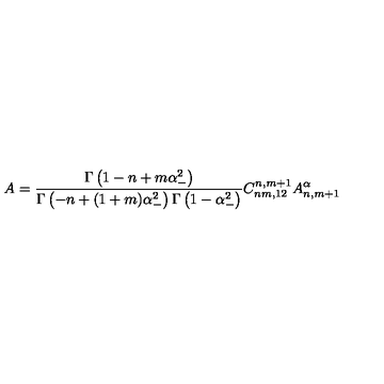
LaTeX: A = \frac { \Gamma \left( 1 - n + m \alpha _ { - } ^ { 2 } \right) } { \Gamma \left( - n + ( 1 + m ) \alpha _ { - } ^ { 2 } \right) \Gamma \left( 1 - \alpha _ { - } ^ { 2 } \right) } C _ { n m , 1 2 } ^ { n , m + 1 } A _ { n , m + 1 } ^ { \alpha }